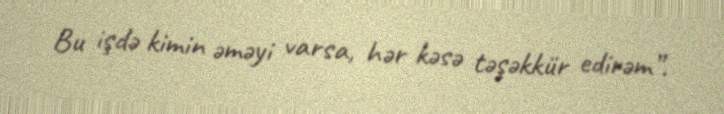
Bu işdə kimin əməyi varsa, hər kəsə təşəkkür edirəm”.